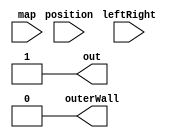
/*
   This file was generated automatically by the Mojo IDE version B1.3.5.
   Do not edit this file directly. Instead edit the original Lucid source.
   This is a temporary file and any changes made to it will be destroyed.
*/

module checkLeftRight_16 (
    input [399:0] map,
    input [399:0] position,
    input [0:0] leftRight,
    output reg [0:0] out,
    output reg [0:0] outerWall
  );
  
  
  
  integer loop;
  
  reg [7:0] a;
  
  reg [7:0] b;
  
  reg [7:0] c;
  
  reg [7:0] result1;
  
  reg [7:0] result2;
  
  reg [7:0] result3;
  
  localparam OUTERWALL = 400'hffffffffffc0003c0003c0003c0003c0003c0003c0003c0003c0003c0003c0003c0003c0003c0003c0003c0003ffffffffff;
  
  always @* begin
    out = 1'h1;
    outerWall = 1'h0;
    for (loop = 2'h2; loop < 5'h12; loop = loop + 1'h1) begin
      if ((|position[(loop)*20+19-:20])) begin
        if (leftRight) begin
          if ((~|((position[(loop)*20+19-:20] >> 1'h1) & map[(loop)*20+19-:20]))) begin
            if ((~|((position[(loop)*20+19-:20] >> 1'h1) & OUTERWALL[(loop)*20+19-:20]))) begin
              out = 1'h0;
            end else begin
              outerWall = 1'h1;
            end
          end
        end else begin
          if ((~|((position[(loop)*20+19-:20] << 1'h1) & map[(loop)*20+19-:20]))) begin
            if ((~|((position[(loop)*20+19-:20] << 1'h1) & OUTERWALL[(loop)*20+19-:20]))) begin
              out = 1'h0;
            end else begin
              outerWall = 1'h1;
            end
          end
        end
      end
    end
  end
endmodule